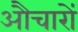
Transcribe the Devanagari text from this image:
औचारों